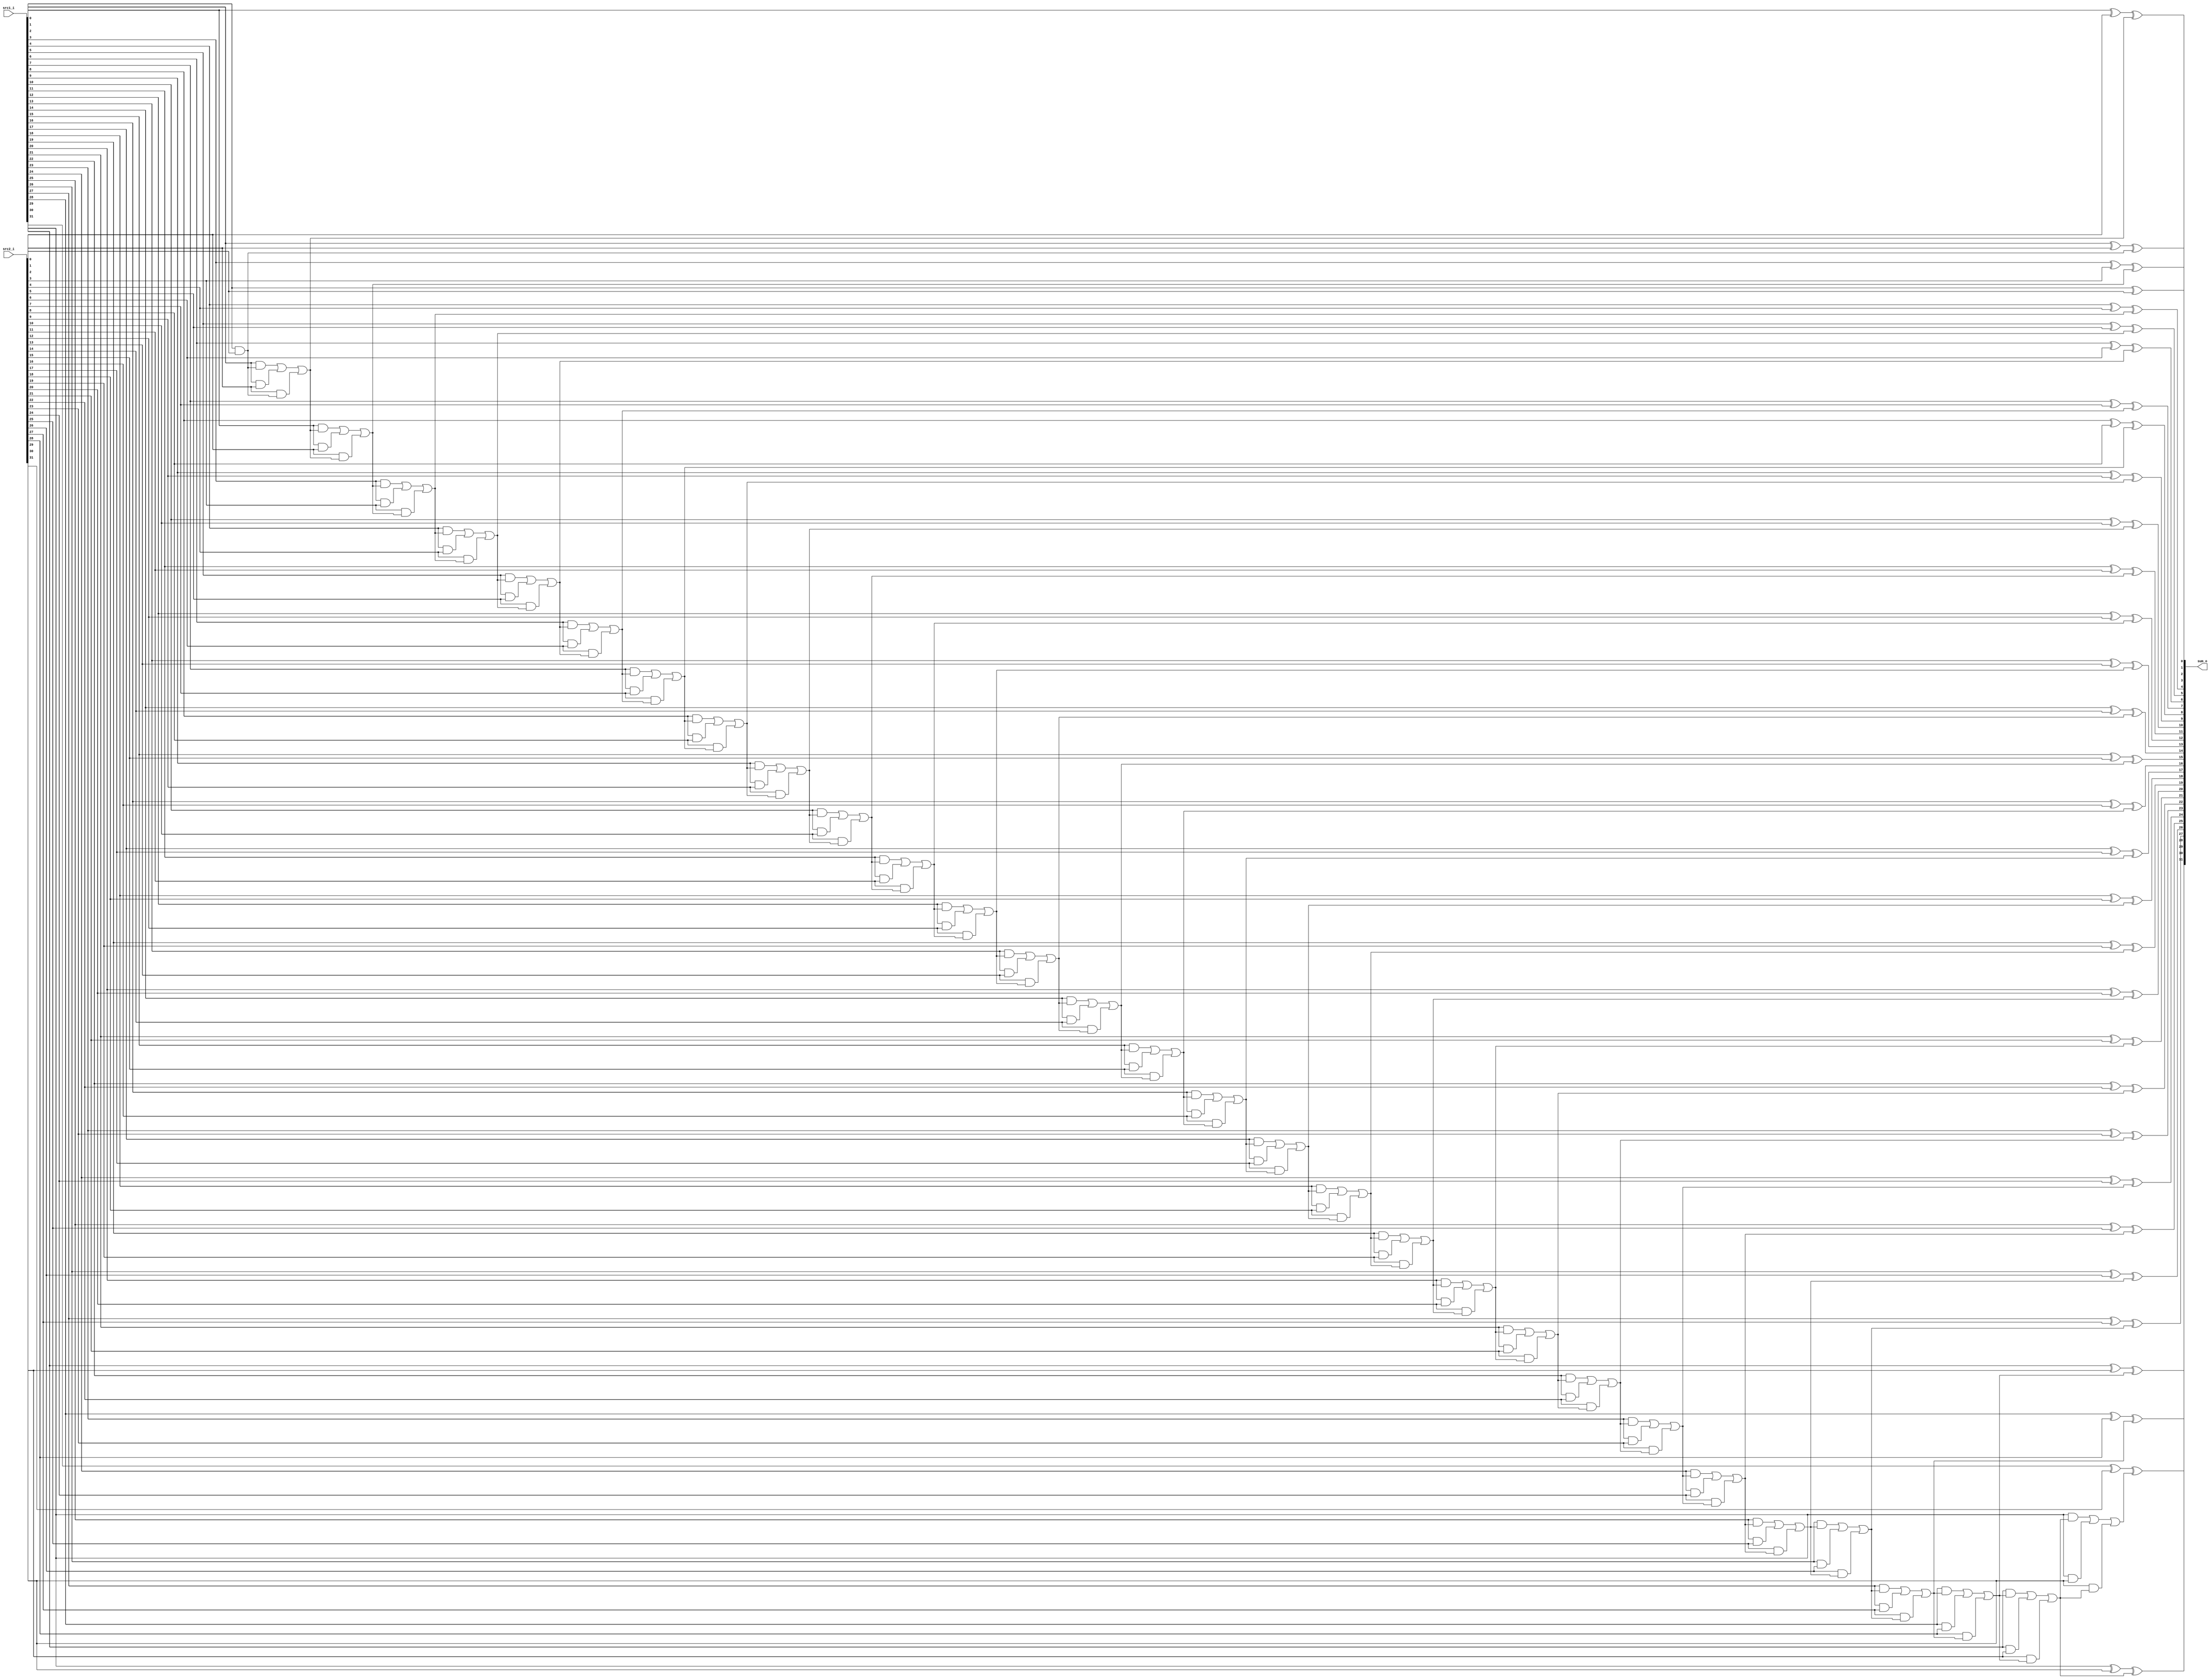
//Subject:     Architecture project 2 - Adder
//--------------------------------------------------------------------------------
//Version:     1
//--------------------------------------------------------------------------------
//Writer:      
//----------------------------------------------
//Date:        
//----------------------------------------------
//Description: 
//--------------------------------------------------------------------------------

module Adder(
    src1_i,
	src2_i,
	sum_o
	);
     
//I/O ports
input  [32-1:0]  src1_i;
input  [32-1:0]	 src2_i;
output [32-1:0]	 sum_o;

//Internal Signals

wire    [32-1:0]	 sum_o;

//Parameter
    
wire [33-1:0] carry;
    
//Main function


assign carry[0] = 0;


function fa_s(input a, input b, input ci);
   fa_s = a ^ b ^ ci;
 endfunction
 
 function fa_co(input a, input b, input ci);
   fa_co = a & ci | a & b | b & ci;
 endfunction
 
 
     genvar i;
    generate
        for(i=0;i<32;i=i+1)begin:test
            assign sum_o[i]     = fa_s (src1_i[i], src2_i[i], carry[i]);
            assign carry[i+1] = fa_co(src1_i[i], src2_i[i], carry[i]);     
        end
    endgenerate
 
 


endmodule